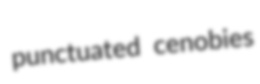
punctuated cenobies